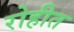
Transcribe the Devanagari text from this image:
रोहीत